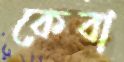
কেবা